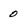
Character: 0